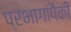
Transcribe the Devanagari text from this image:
प्रभागांपैकी